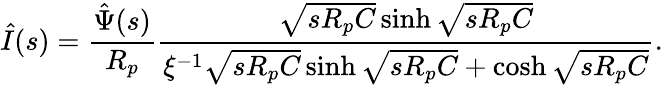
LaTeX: \hat{I}(s)=\frac{\hat{\Psi}(s)}{R_{p}}\frac{\sqrt{sR_{p}C}\sinh\sqrt{sR_{p}C}}{\xi^{-1}\sqrt{sR_{p}C}\sinh\sqrt{sR_{p}C}+\cosh\sqrt{sR_{p}C}}.